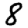
Digit: 8